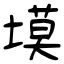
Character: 塻